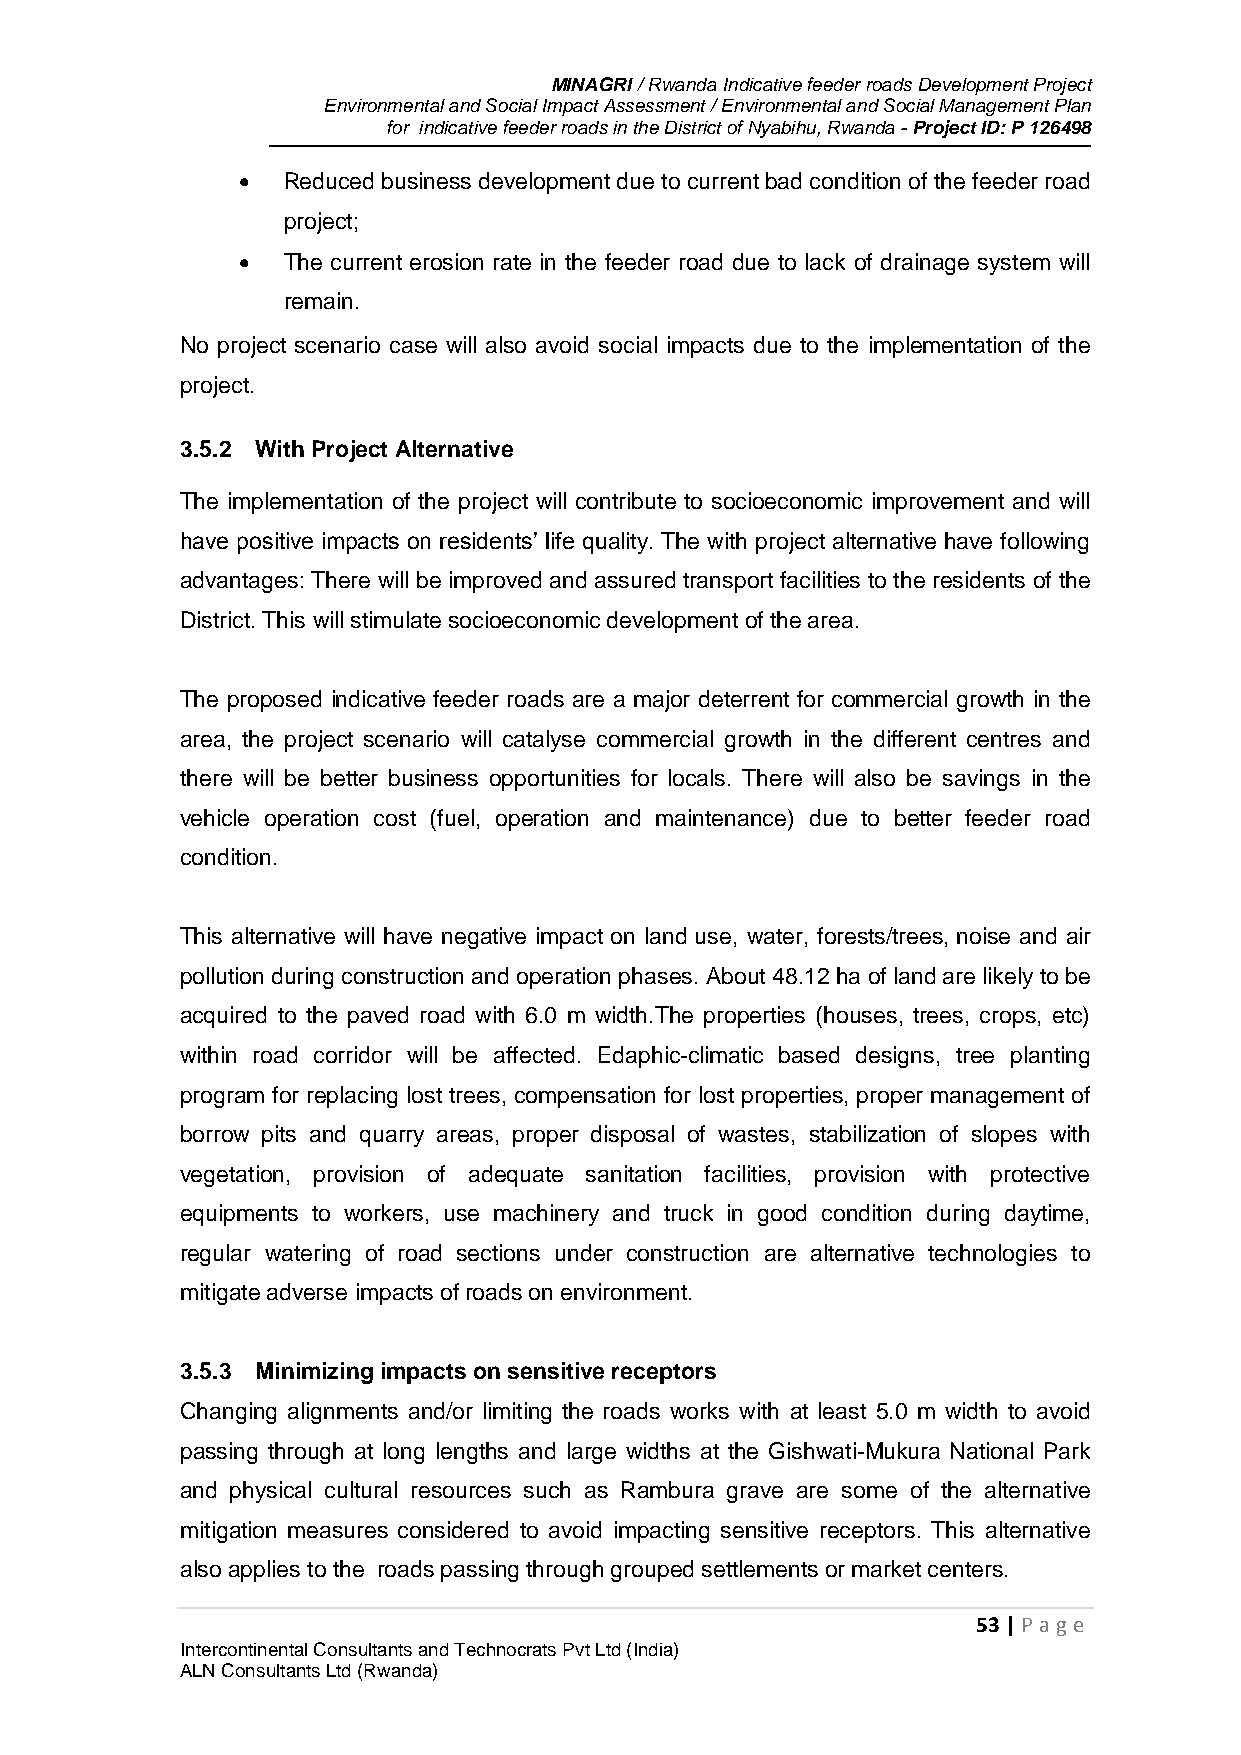
MINAGRI / Rwanda Indicative feeder roads Development Project
 Environmental and Social Impact Assessment / Environmental and Social Management Plan
 for indicative feeder roads in the District of Nyabihu, Rwanda - Project ID: P 126498
   Reduced business development due to current bad condition of the feeder road
 project;
   The current erosion rate in the feeder road due to lack of drainage system will
 remain.
 No project scenario case will also avoid social impacts due to the implementation of the
 project.
 3.5.2 With Project Alternative
 The implementation of the project will contribute to socioeconomic improvement and will
 have positive impacts on residents’ life quality. The with project alternative have following
 advantages: There will be improved and assured transport facilities to the residents of the
 District. This will stimulate socioeconomic development of the area.
 The proposed indicative feeder roads are a major deterrent for commercial growth in the
 area, the project scenario will catalyse commercial growth in the different centres and
 there will be better business opportunities for locals. There will also be savings in the
 vehicle operation cost (fuel, operation and maintenance) due to better feeder road
 condition.
 This alternative will have negative impact on land use, water, forests/trees, noise and air
 pollution during construction and operation phases. About 48.12 ha of land are likely to be
 acquired to the paved road with 6.0 m width.The properties (houses, trees, crops, etc)
 within road corridor will be affected. Edaphic-climatic based designs, tree planting
 program for replacing lost trees, compensation for lost properties, proper management of
 borrow pits and quarry areas, proper disposal of wastes, stabilization of slopes with
 vegetation, provision of adequate sanitation facilities, provision with protective
 equipments to workers, use machinery and truck in good condition during daytime,
 regular watering of road sections under construction are alternative technologies to
 mitigate adverse impacts of roads on environment.
 3.5.3 Minimizing impacts on sensitive receptors
 Changing alignments and/or limiting the roads works with at least 5.0 m width to avoid
 passing through at long lengths and large widths at the Gishwati-Mukura National Park
 and physical cultural resources such as Rambura grave are some of the alternative
 mitigation measures considered to avoid impacting sensitive receptors. This alternative
 also applies to the roads passing through grouped settlements or market centers.
 53 | P age
 Intercontinental Consultants and Technocrats Pvt Ltd (India)
 ALN Consultants Ltd (Rwanda)